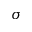
\sigma